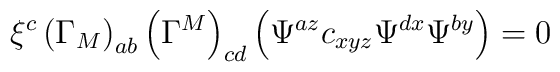
\xi ^{c}\left( \Gamma _{M}\right) _{ab}\left( \Gamma ^{M}\right) _{cd}\left(\Psi ^{az}c_{xyz}\Psi ^{dx}\Psi ^{by}\right) =0